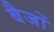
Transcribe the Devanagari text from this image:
बैजों